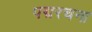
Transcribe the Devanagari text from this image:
पद्मरचना